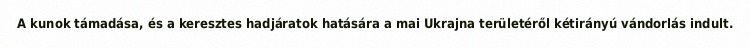
A kunok támadása, és a keresztes hadjáratok hatására a mai Ukrajna területéről kétirányú vándorlás indult.